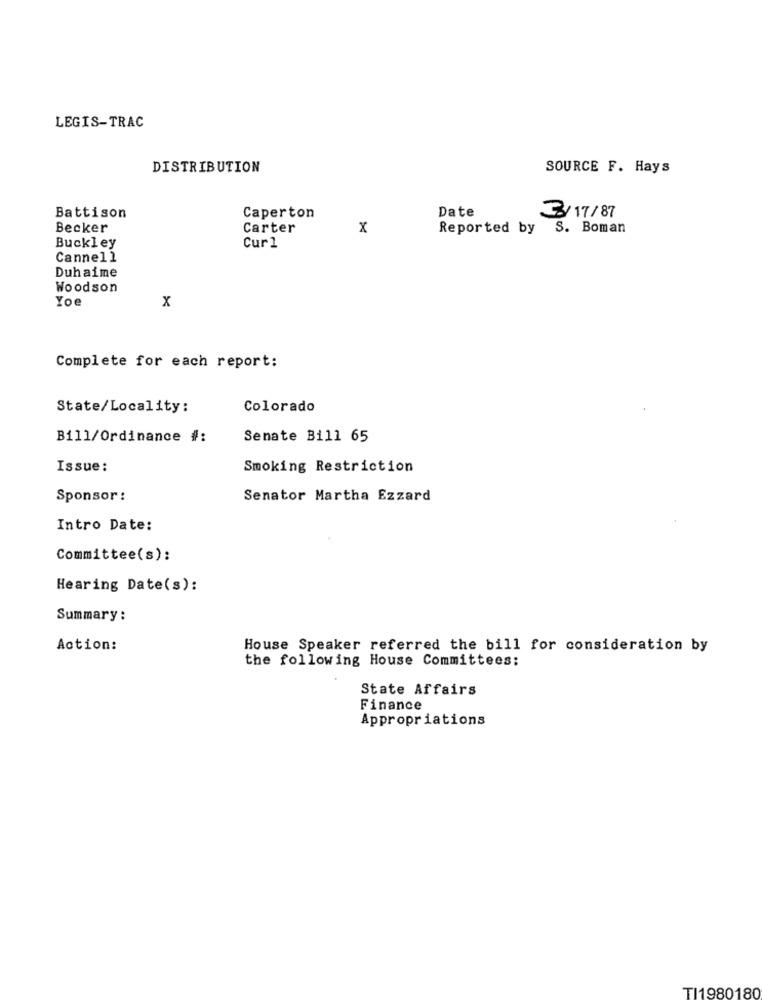
LEGIS-TRAC
DISTRIBUTION
SOURCE F. Hays
Date
Battison
Caperton
3/ 17/87
Becker
Carter
x
Reported by S. Boman
Buckley
Cur1
Cannell
Duhaime
Woodson
Yoe
x
Complete for each report:
State/Locality:
Colorado
Bill/Ordinance #:
Senate Bill 65
Issue:
Smoking Restriction
Sponsor :
Senator Martha Ezzard
Intro Date:
Committee(s):
Hearing Date(s):
Summary :
Action:
House Speaker referred the bill for consideration by
the following House Committees:
State Affairs
Finance
Appropriations
TI1980180